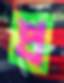
প্র